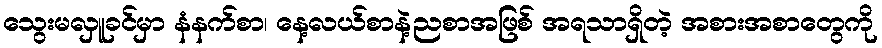
သွေးမလှူခင်မှာ နံနက်စာ၊ နေ့လယ်စာနဲ့ညစာအဖြစ် အရသာရှိတဲ့ အစားအစာတွေကို